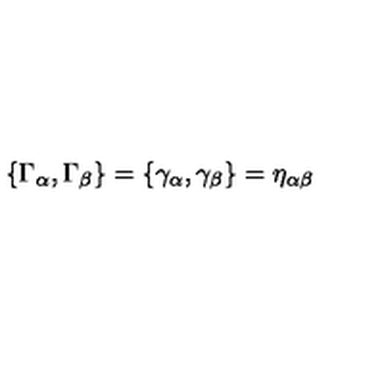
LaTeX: \{ \Gamma _ { \alpha } , \Gamma _ { \beta } \} = \{ \gamma _ { \alpha } , \gamma _ { \beta } \} = \eta _ { \alpha \beta }